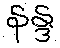
နန္ဒ